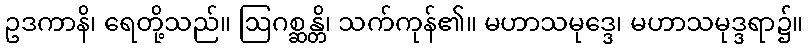
ဥဒကာနိ၊ ရေတို့သည်။ ဩဂစ္ဆန္တိ၊ သက်ကုန်၏။ မဟာသမုဒ္ဒေ၊ မဟာသမုဒ္ဒရာ၌။